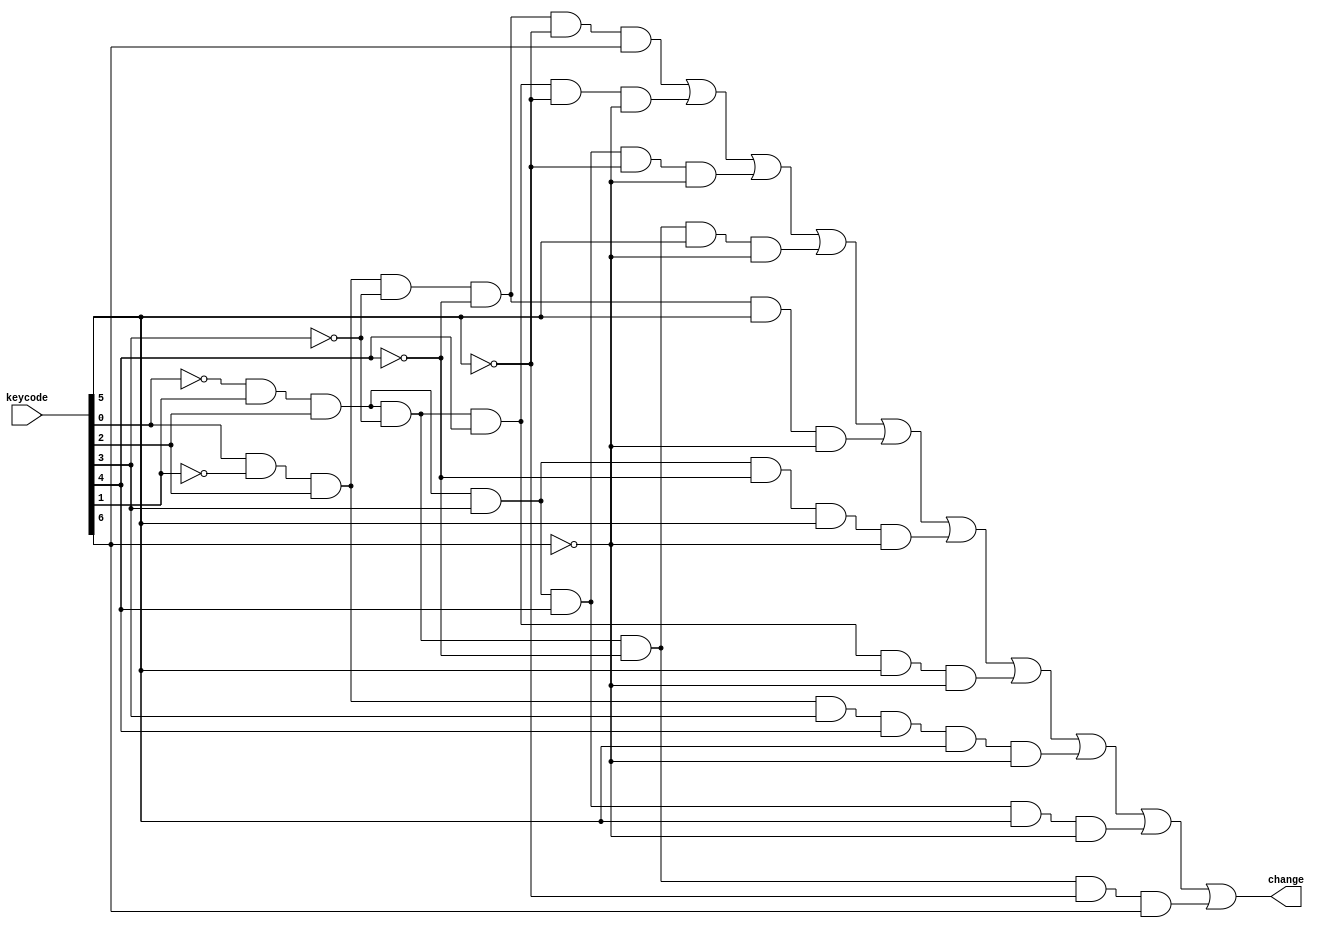
module bin2led (
//    output[6:0] seg,
//    output[3:0] an,
    output change,
    input[15:0] keycode
    );
    
    wire zero = keycode[0] & ~keycode[1] & keycode[2] & ~keycode[3] & ~keycode[4] & ~keycode[5] & keycode[6];
    wire one = ~keycode[0] & keycode[1] & keycode[2] & ~keycode[3] & keycode[4] & ~keycode[5] & ~keycode[6];
    wire two = ~keycode[0] & keycode[1] & keycode[2] & keycode[3] & keycode[4] & ~keycode[5] & ~keycode[6];
    wire three = ~keycode[0] & keycode[1] & keycode[2] & ~keycode[3] & ~keycode[4] & keycode[5] & ~keycode[6];
    wire four = keycode[0] & ~keycode[1] & keycode[2] & ~keycode[3] & ~keycode[4] & keycode[5] & ~keycode[6];
    wire five = ~keycode[0] & keycode[1] & keycode[2] & keycode[3] & ~keycode[4] & keycode[5] & ~keycode[6];
    wire six = ~keycode[0] & keycode[1] & keycode[2] & ~keycode[3] & keycode[4] & keycode[5] & ~keycode[6];
    wire seven = keycode[0] & ~keycode[1] & keycode[2] & keycode[3] & keycode[4] & keycode[5] & ~keycode[6];
    wire eight = ~keycode[0] & keycode[1] & keycode[2] & keycode[3] & keycode[4] & keycode[5] & ~keycode[6];
    wire nine = ~keycode[0] & keycode[1] & keycode[2] & ~keycode[3] & ~keycode[4] & ~keycode[5] & keycode[6];
    assign change = zero | one | two | three | four | five | six | seven | eight | nine;

//    assign seg[0] = ~(zero | two | three | five | six | seven | eight | nine);
//    assign seg[1] = ~(zero | one | two | three | four | seven | eight | nine);
//    assign seg[2] = ~(zero | one | three | four | five | six | seven | eight | nine);
//    assign seg[3] = ~(zero | two | three | five | six | eight | nine);
//    assign seg[4] = ~(zero | two | six | eight);
//    assign seg[5] = ~(zero | four | five | six | eight | nine);
//    assign seg[6] = ~(two | three | four | five | six | eight | nine);

//    assign an[3] = 1;
//    assign an[2] = 1;
//    assign an[1] = 1;
//    assign an[0] = ~(zero | one | two | three | four | five | six | seven | eight | nine);

endmodule // bin2led